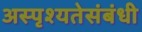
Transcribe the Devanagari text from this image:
अस्पृश्यतेसंबंधी